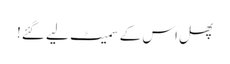
پھل اس کے سمیٹ لیے گئے!